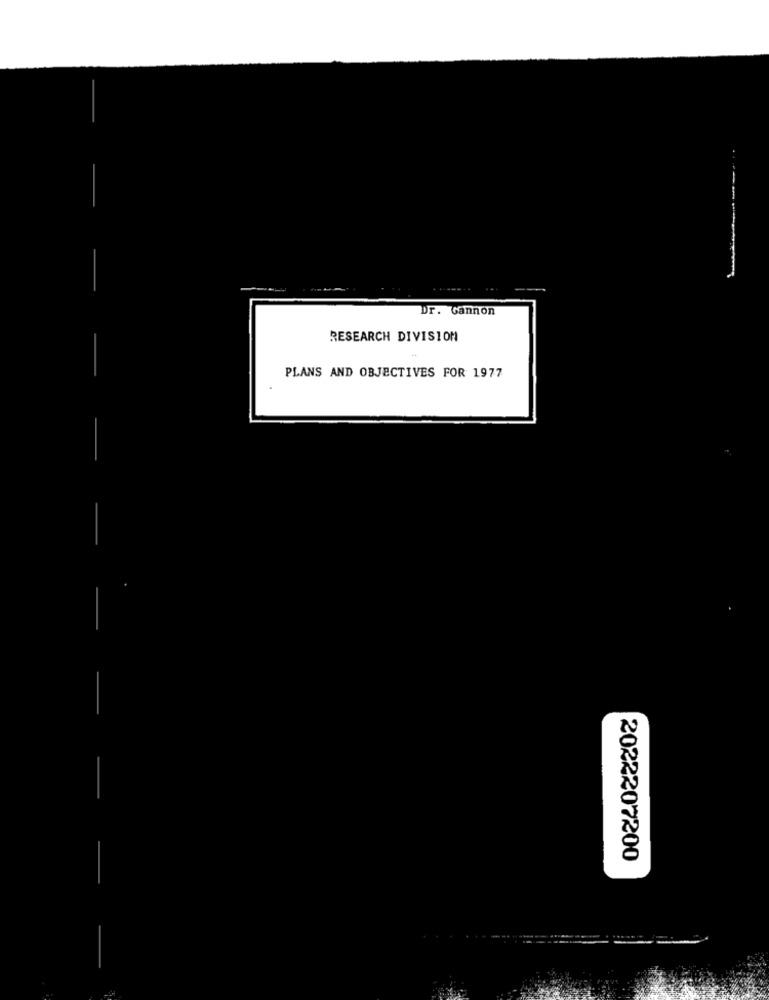
Dr. Gannon
RESEARCH DIVISION
PLANS AND OBJECTIVES FOR 1977
-
2022207200